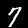
Label: 7